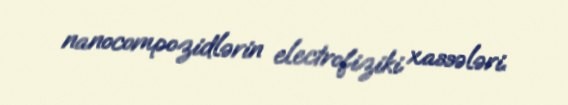
nanocompozidlərin electrofiziki xassələri.